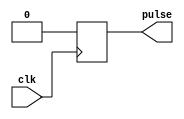
module FallingEdgePulseGenerator (
    input wire clk,
    output reg pulse
);

reg [31:0] count;
reg pulse_output;

always @(posedge clk) begin
    if (count == 0) begin
        pulse_output <= 1'b0;
    end else begin
        pulse_output <= 1'b1;
    end
    
    if (count == 10) begin
        count <= 0;
    end else begin
        count <= count + 1;
    end
end

always @(posedge clk) begin
    if (pulse_output & !pulse_output) begin
        pulse <= 1'b1;
    end else begin
        pulse <= 1'b0;
    end
end

endmodule